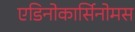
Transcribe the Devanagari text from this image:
एडिनोकार्सिनोमस